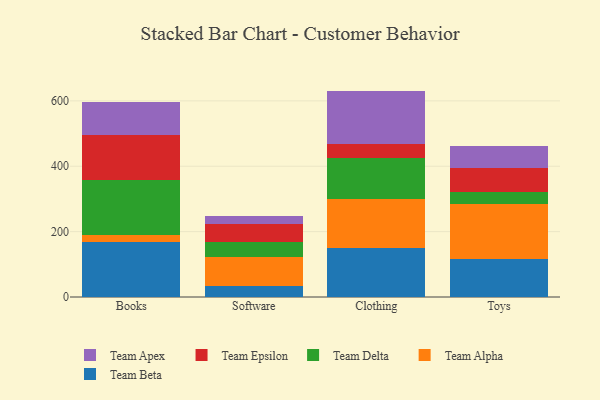
{"axis": {"x": "Category", "y": "Temperature (°C)"}, "legend": ["Team Alpha", "Team Apex", "Team Beta", "Team Delta", "Team Epsilon"], "data": [{"x": "Books", "y": 166.9, "type": "Team Beta"}, {"x": "Books", "y": 23.4, "type": "Team Alpha"}, {"x": "Books", "y": 167.6, "type": "Team Delta"}, {"x": "Books", "y": 138.6, "type": "Team Epsilon"}, {"x": "Books", "y": 101.2, "type": "Team Apex"}, {"x": "Software", "y": 33.2, "type": "Team Beta"}, {"x": "Software", "y": 89.4, "type": "Team Alpha"}, {"x": "Software", "y": 45.0, "type": "Team Delta"}, {"x": "Software", "y": 56.3, "type": "Team Epsilon"}, {"x": "Software", "y": 25.3, "type": "Team Apex"}, {"x": "Clothing", "y": 150.0, "type": "Team Beta"}, {"x": "Clothing", "y": 149.7, "type": "Team Alpha"}, {"x": "Clothing", "y": 127.0, "type": "Team Delta"}, {"x": "Clothing", "y": 41.2, "type": "Team Epsilon"}, {"x": "Clothing", "y": 162.8, "type": "Team Apex"}, {"x": "Toys", "y": 116.2, "type": "Team Beta"}, {"x": "Toys", "y": 167.8, "type": "Team Alpha"}, {"x": "Toys", "y": 35.8, "type": "Team Delta"}, {"x": "Toys", "y": 76.2, "type": "Team Epsilon"}, {"x": "Toys", "y": 66.7, "type": "Team Apex"}]}